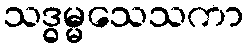
သဒ္ဓမ္မသေသကာ